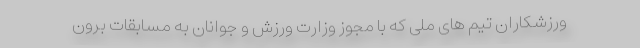
ورزشکاران تیم های ملی که با مجوز وزارت ورزش و جوانان به مسابقات برون